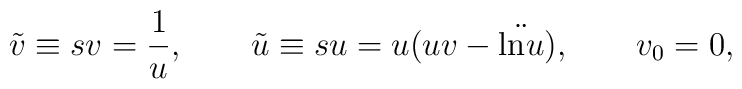
\tilde v \equiv sv = \frac{1}{u}, \qquad \tilde u \equiv su =u(uv-\ddot{\mbox{ln}u}),\qquad v_0=0,